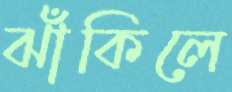
ঝাঁকিলে